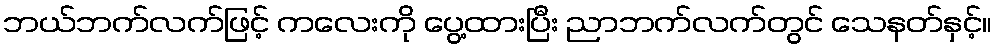
ဘယ်ဘက်လက်ဖြင့် ကလေးကို ပွေ့ထားပြီး ညာဘက်လက်တွင် သေနတ်နှင့်။